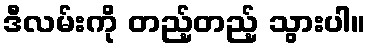
ဒီလမ်းကို တည့်တည့် သွားပါ။